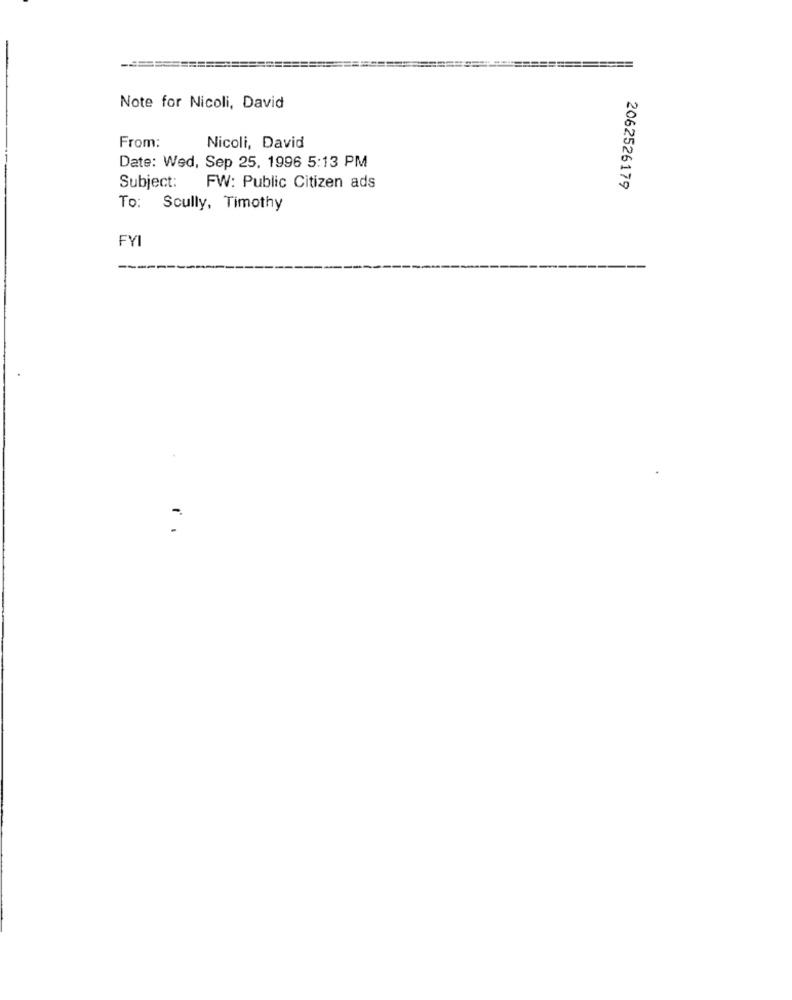
Note for Nicoli, David
From:
Nicoli, David
Date: Wed, Sep 25, 1996 5:13 PM
Subject:
FW: Public Citizen ads
2062526179
To: Scully, Timothy
FYI